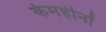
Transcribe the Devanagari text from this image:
केमहीनों